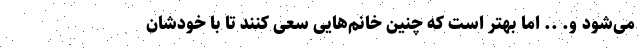
می‌شود و. .. اما بهتر است که چنین خانم‌هایی سعی کنند تا با خودشان